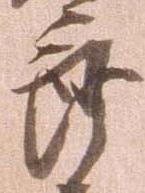
郎